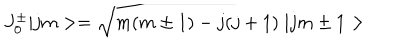
J _ { 0 } ^ { \pm } | j m > = \sqrt { m ( m \pm 1 ) - j ( j + 1 ) } \; | j m \pm 1 >